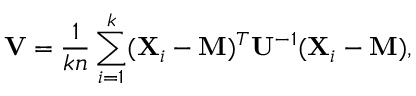
\mathbf { V } = { \frac { 1 } { k n } } \sum _ { i = 1 } ^ { k } ( \mathbf { X } _ { i } - \mathbf { M } ) ^ { T } \mathbf { U } ^ { - 1 } ( \mathbf { X } _ { i } - \mathbf { M } ) ,